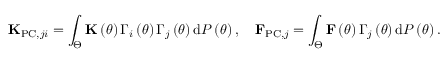
{ \bf K } _ { \mathrm { P C } , j i } = \int _ { \Theta } { \bf K } \left( \theta \right) \Gamma _ { i } \left( \theta \right) \Gamma _ { j } \left( \theta \right) \mathrm { d } { \cal P } \left( \theta \right) , \quad { \bf F } _ { \mathrm { P C } , j } = \int _ { \Theta } { \bf F } \left( \theta \right) \Gamma _ { j } \left( \theta \right) \mathrm { d } { \cal P } \left( \theta \right) .